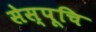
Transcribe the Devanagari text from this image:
सेस्पूचि